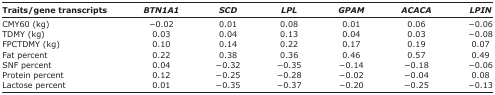
| Traits/gene transcripts | BTN1A1 | SCD | LPL | GPAM | ACACA | LPIN |
 | --- | --- | --- | --- | --- | --- | --- |
 | CMY60 (kg) | −0.02 | 0.01 | 0.08 | 0.01 | 0.06 | −0.06 |
 | TDMY (kg) | 0.03 | 0.04 | 0.13 | 0.04 | 0.03 | −0.08 |
 | FPCTDMY (kg) | 0.10 | 0.14 | 0.22 | 0.17 | 0.19 | 0.07 |
 | Fat percent | 0.22 | 0.38 | 0.36 | 0.46 | 0.57 | 0.49 |
 | SNF percent | 0.04 | −0.32 | −0.35 | −0.14 | −0.18 | −0.06 |
 | Protein percent | 0.12 | −0.25 | −0.28 | −0.02 | −0.04 | 0.08 |
 | Lactose percent | 0.01 | −0.35 | −0.37 | −0.20 | −0.25 | −0.13 |